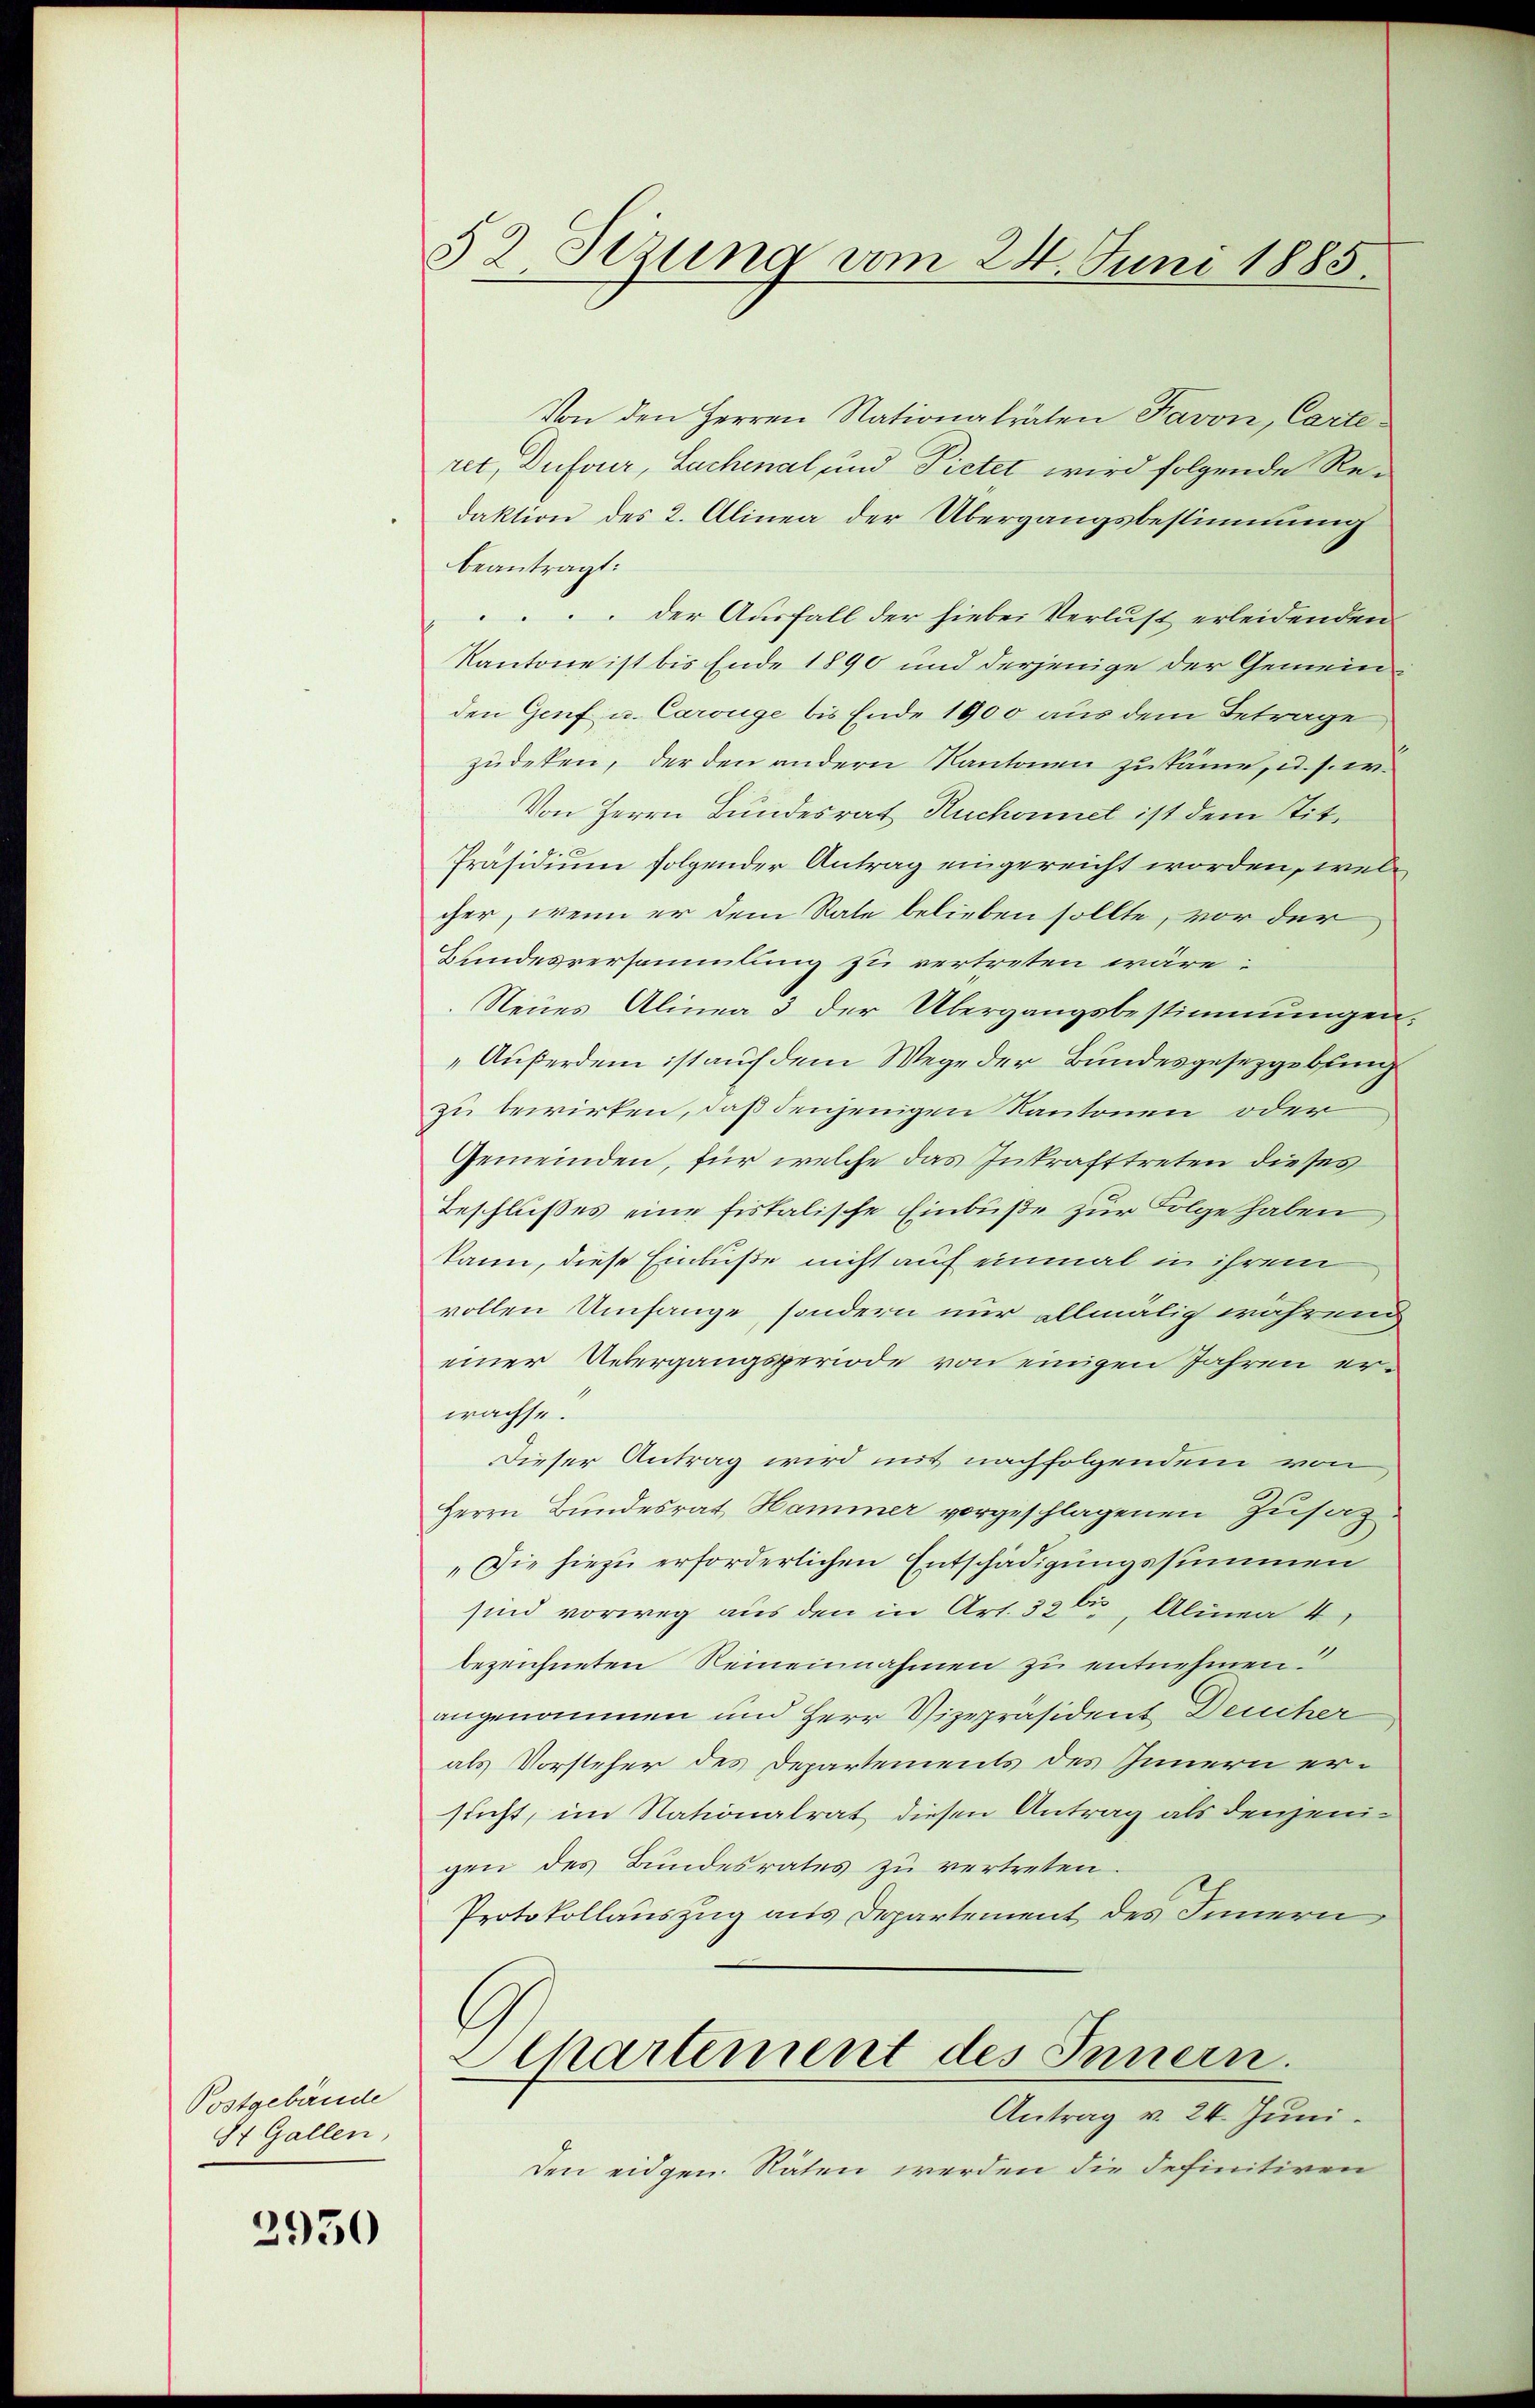
Postgebäude
St. Gallen,

2950

Von den Herren Nationalräten Favon, Carteret, Dufour, Sachenal und Pietet wird folgende Redaktion des 2. Alinea der Übergangsbestimmung
beantragt:
 der Ausfall der hiebei Verlust erleidenden
Kantone ist bis Ende 1890 und derjenige der Gemein
den Genf u. Carouge bis Ende 1900 aus dem Betrage
zudeken, der den andern Kantonen zukäme, u. s. w.
Von Herrn Bundesrat Ruchornet ist dem Tit.
Präsidium folgender Antrag eingereicht worden, welcher, wenn er dem State belieben sollte, vor der
Hundesversammlung zu vertreten wäre:
Neues Alinea 3 der Übergangsbestimmungen.
Außerdem ist auf dem Wege der Bundesgesetzgebung
zu bewirken, daß denjenigen Kantonen oder
Gemeinden, für welche das Inkrafttreten dieses
Beschlußes eine fiskalische Einbuße zur Folge haben,
kann, diese Einbuße nicht auf einmal in ihrem
vollen Umfange, sondern nur allmälig während
einer Uebergangsperiode von einigen Jahren erwachse.
Dieser Antrag wird mit nachfolgendem von
Herrn Bundesrat, Hammer vorgeschlagenen Zusaz
„Die hiezu erforderlichen Entschädigungssummen
sind vorweg aus den in Art. 326, Alinea 4
bezeichneten Reineinnahmen zu entnehmen.
angenommen und Herr Vizepräsident Deucher
als Vorsteher des Departements des Innern ersucht, im Nationalrat diesen Antrag als denjenigen des Bundesrates zu vertreten.
Protokollauszug aus Departement des Innern
Cchartement des Innern.
Antrag v. 24. Juni.
Den eidgen. Räten werden die definitiven

52 Sizung vom 24. Juni 1885.